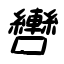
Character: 轡